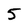
Character: 5